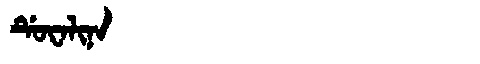
Manchu: ᡩᡠᠸᠠᠯᡳᠨᠠ
Romanization: DUWALINA